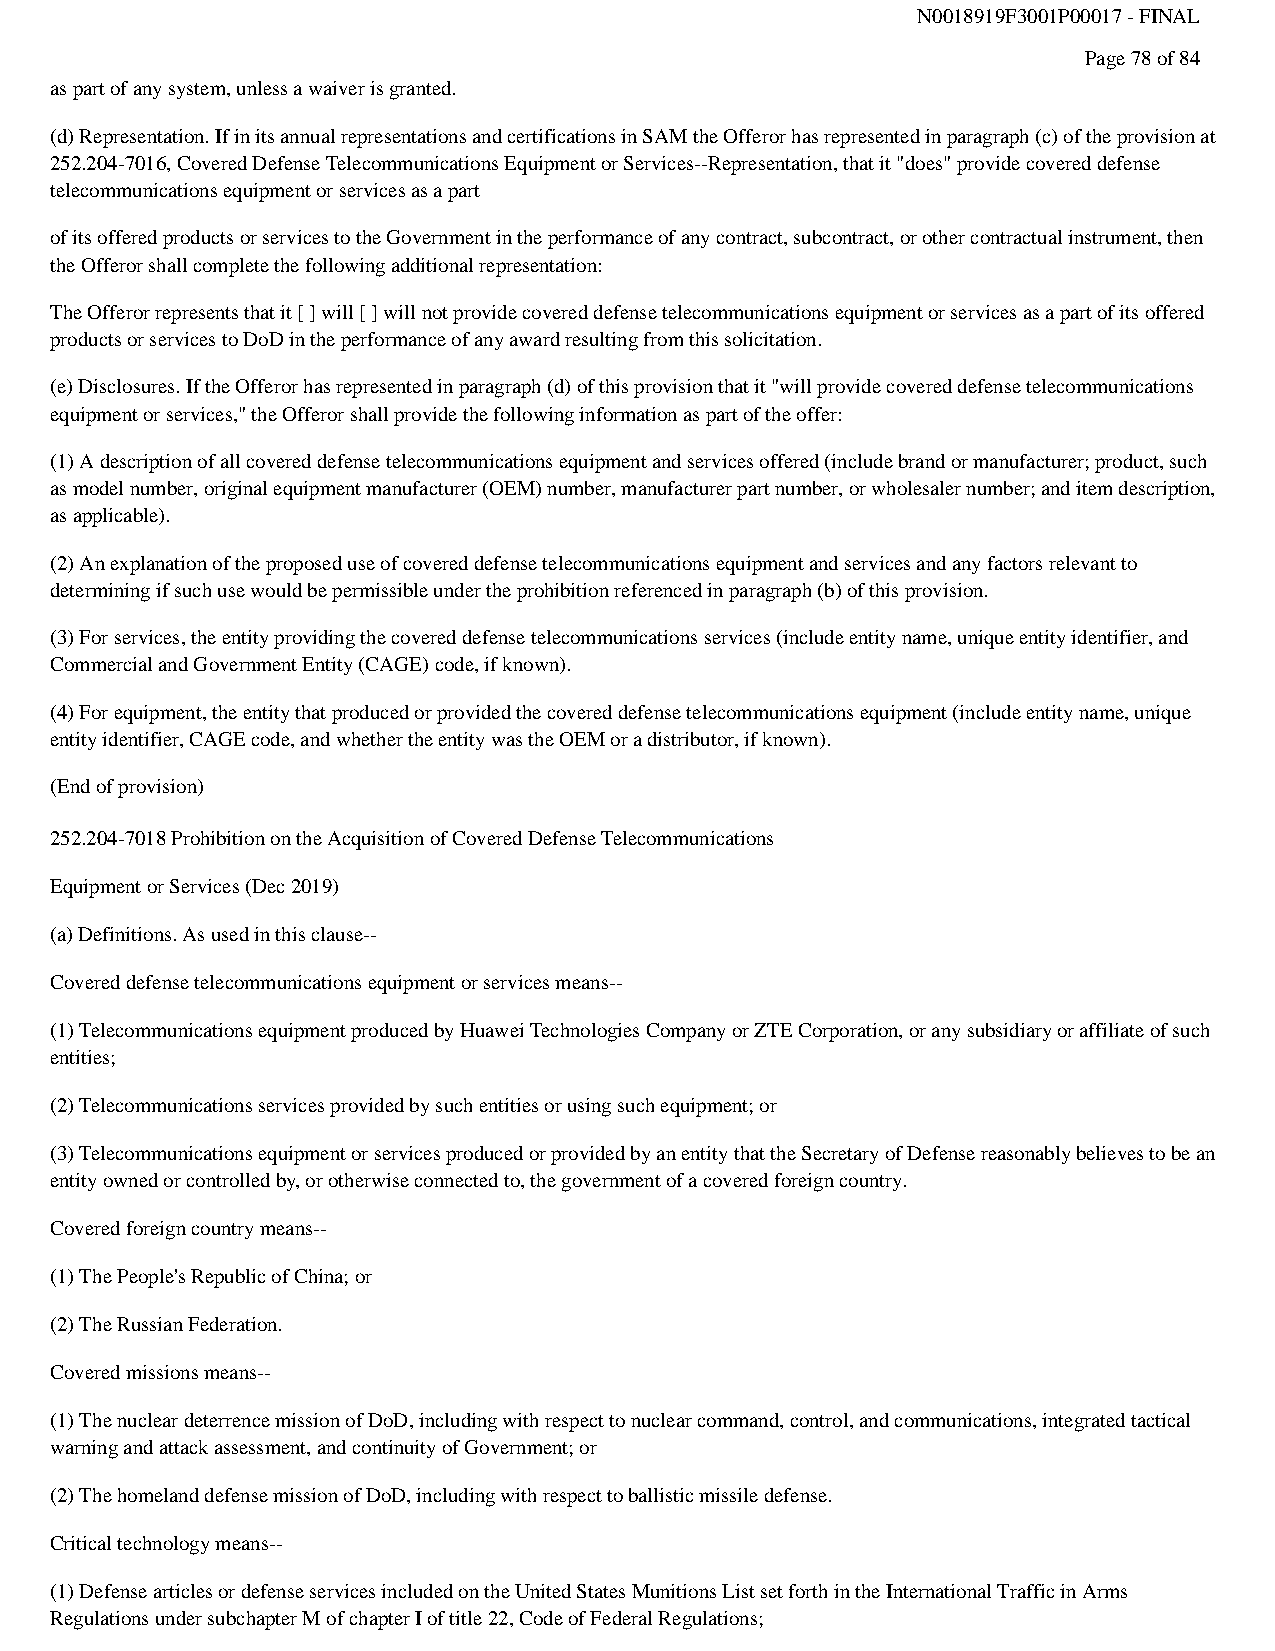
N0018919F3001P00017 - FINAL
 Page 78 of 84
 as part of any system, unless a waiver is granted.
 (d) Representation. If in its annual representations and certifications in SAM the Offeror has represented in paragraph (c) of the provision at
 252.204-7016, Covered Defense Telecommunications Equipment or Services--Representation, that it "does" provide covered defense
 telecommunications equipment or services as a part
 of its offered products or services to the Government in the performance of any contract, subcontract, or other contractual instrument, then
 the Offeror shall complete the following additional representation:
 The Offeror represents that it [ ] will [ ] will not provide covered defense telecommunications equipment or services as a part of its offered
 products or services to DoD in the performance of any award resulting from this solicitation.
 (e) Disclosures. If the Offeror has represented in paragraph (d) of this provision that it "will provide covered defense telecommunications
 equipment or services," the Offeror shall provide the following information as part of the offer:
 (1) A description of all covered defense telecommunications equipment and services offered (include brand or manufacturer; product, such
 as model number, original equipment manufacturer (OEM) number, manufacturer part number, or wholesaler number; and item description,
 as applicable).
 (2) An explanation of the proposed use of covered defense telecommunications equipment and services and any factors relevant to
 determining if such use would be permissible under the prohibition referenced in paragraph (b) of this provision.
 (3) For services, the entity providing the covered defense telecommunications services (include entity name, unique entity identifier, and
 Commercial and Government Entity (CAGE) code, if known).
 (4) For equipment, the entity that produced or provided the covered defense telecommunications equipment (include entity name, unique
 entity identifier, CAGE code, and whether the entity was the OEM or a distributor, if known).
 (End of provision)
 252.204-7018 Prohibition on the Acquisition of Covered Defense Telecommunications
 Equipment or Services (Dec 2019)
 (a) Definitions. As used in this clause--
 Covered defense telecommunications equipment or services means--
 (1) Telecommunications equipment produced by Huawei Technologies Company or ZTE Corporation, or any subsidiary or affiliate of such
 entities;
 (2) Telecommunications services provided by such entities or using such equipment; or
 (3) Telecommunications equipment or services produced or provided by an entity that the Secretary of Defense reasonably believes to be an
 entity owned or controlled by, or otherwise connected to, the government of a covered foreign country.
 Covered foreign country means--
 (1) The People's Republic of China; or
 (2) The Russian Federation.
 Covered missions means--
 (1) The nuclear deterrence mission of DoD, including with respect to nuclear command, control, and communications, integrated tactical
 warning and attack assessment, and continuity of Government; or
 (2) The homeland defense mission of DoD, including with respect to ballistic missile defense.
 Critical technology means--
 (1) Defense articles or defense services included on the United States Munitions List set forth in the International Traffic in Arms
 Regulations under subchapter M of chapter I of title 22, Code of Federal Regulations;